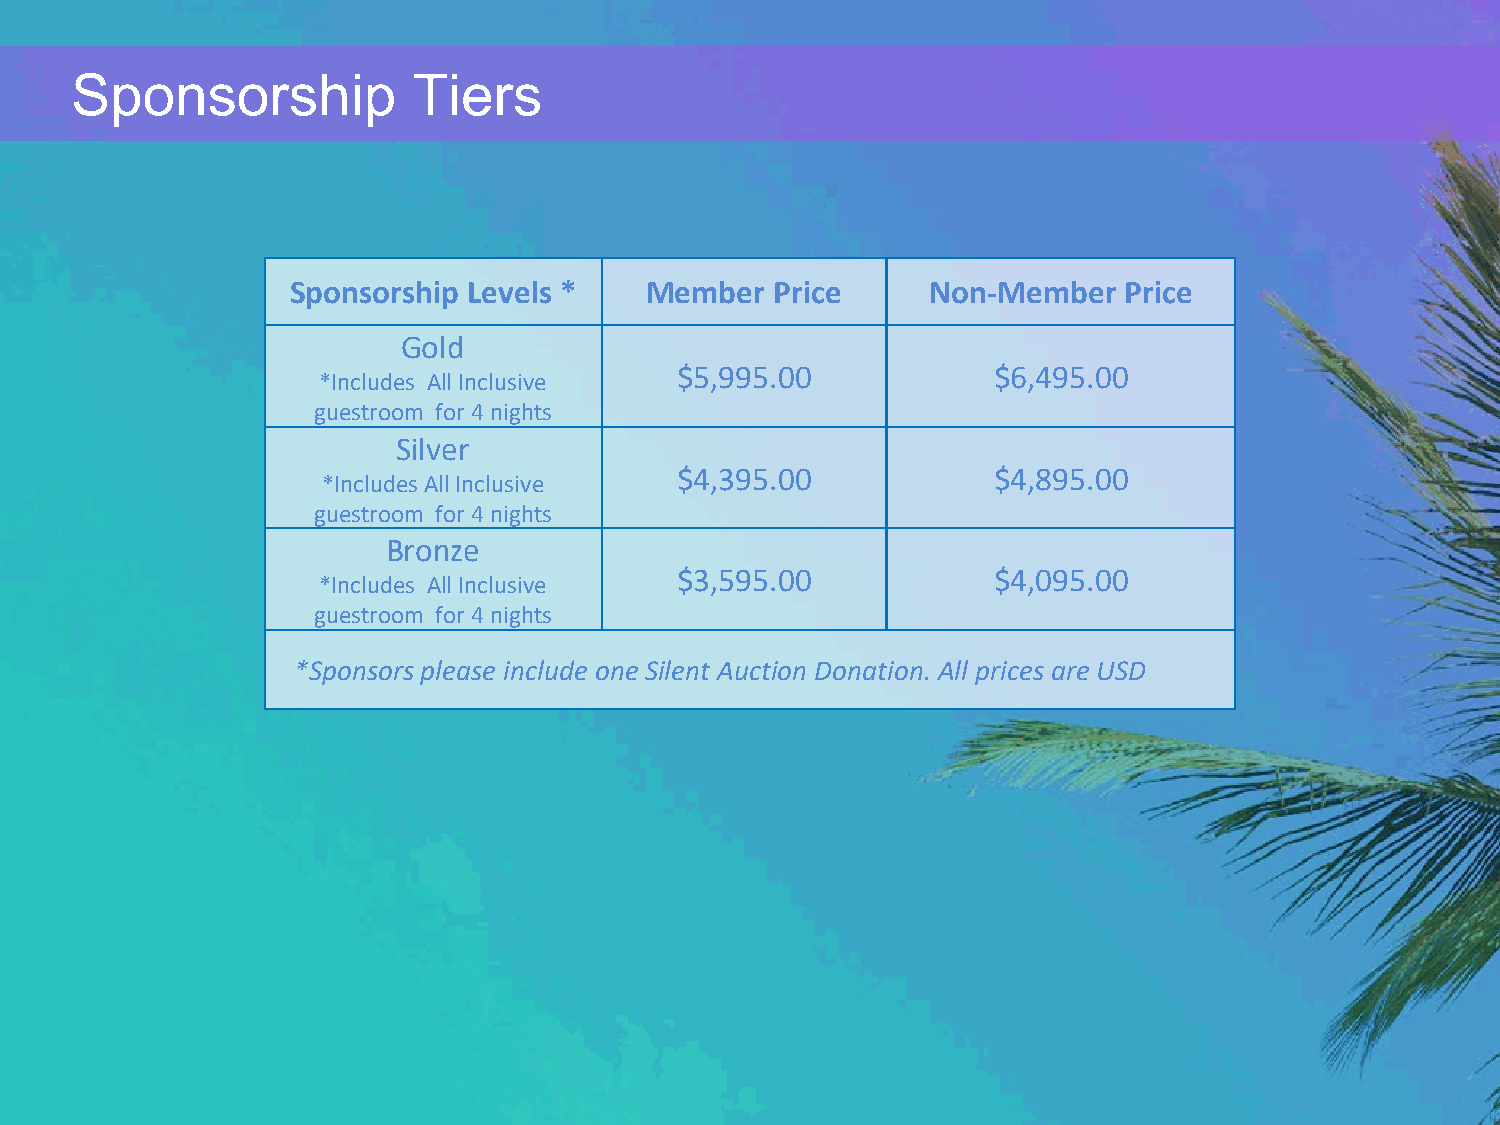
Sponsorship           Tiers
 Sponsorship Levels *    Member  Price      Non-Member  Price
 Gold
 $5,995.00            $6,495.00
 *Includes All Inclusive
 guestroom for 4 nights
 Silver
 $4,395.00            $4,895.00
 *Includes All Inclusive
 guestroom for 4 nights
 Bronze
 $3,595.00            $4,095.00
 *Includes All Inclusive
 guestroom for 4 nights
 *Sponsors please include one Silent Auction Donation. All prices are USD